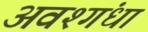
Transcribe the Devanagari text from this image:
अवश्गंधा